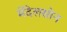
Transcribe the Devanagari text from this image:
मेंदेलसोन